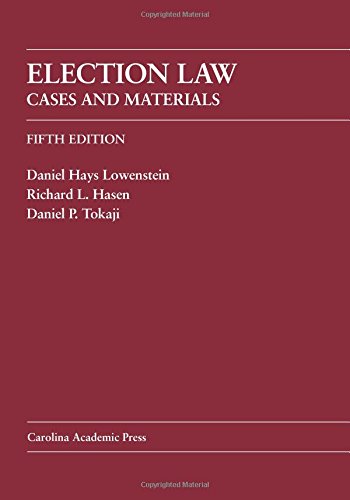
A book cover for Election Law: Cases And Materials; Daniel Hays Lowenstein; Law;